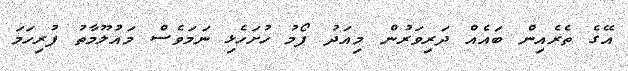
އޭގެ ތެރެއިން ބައެއް ދަރިވަރުން މިއަދު ފޯމު ހުށަހެޅި ނަމަވެސް މައުލޫމާތު ފުރިހަމަ